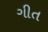
ગીત